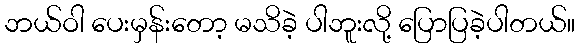
ဘယ်ဝါ ပေးမှန်းတော့ မသိခဲ့ ပါဘူးလို့ ပြောပြခဲ့ပါတယ်။